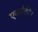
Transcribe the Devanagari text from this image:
एकांकी।